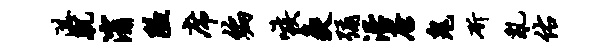
湛肌消隘席编嗾灸弥沿唐鬼斫乱佑